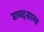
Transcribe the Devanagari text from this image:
शब्दसाम्य